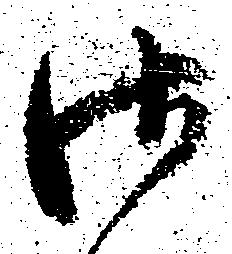
御